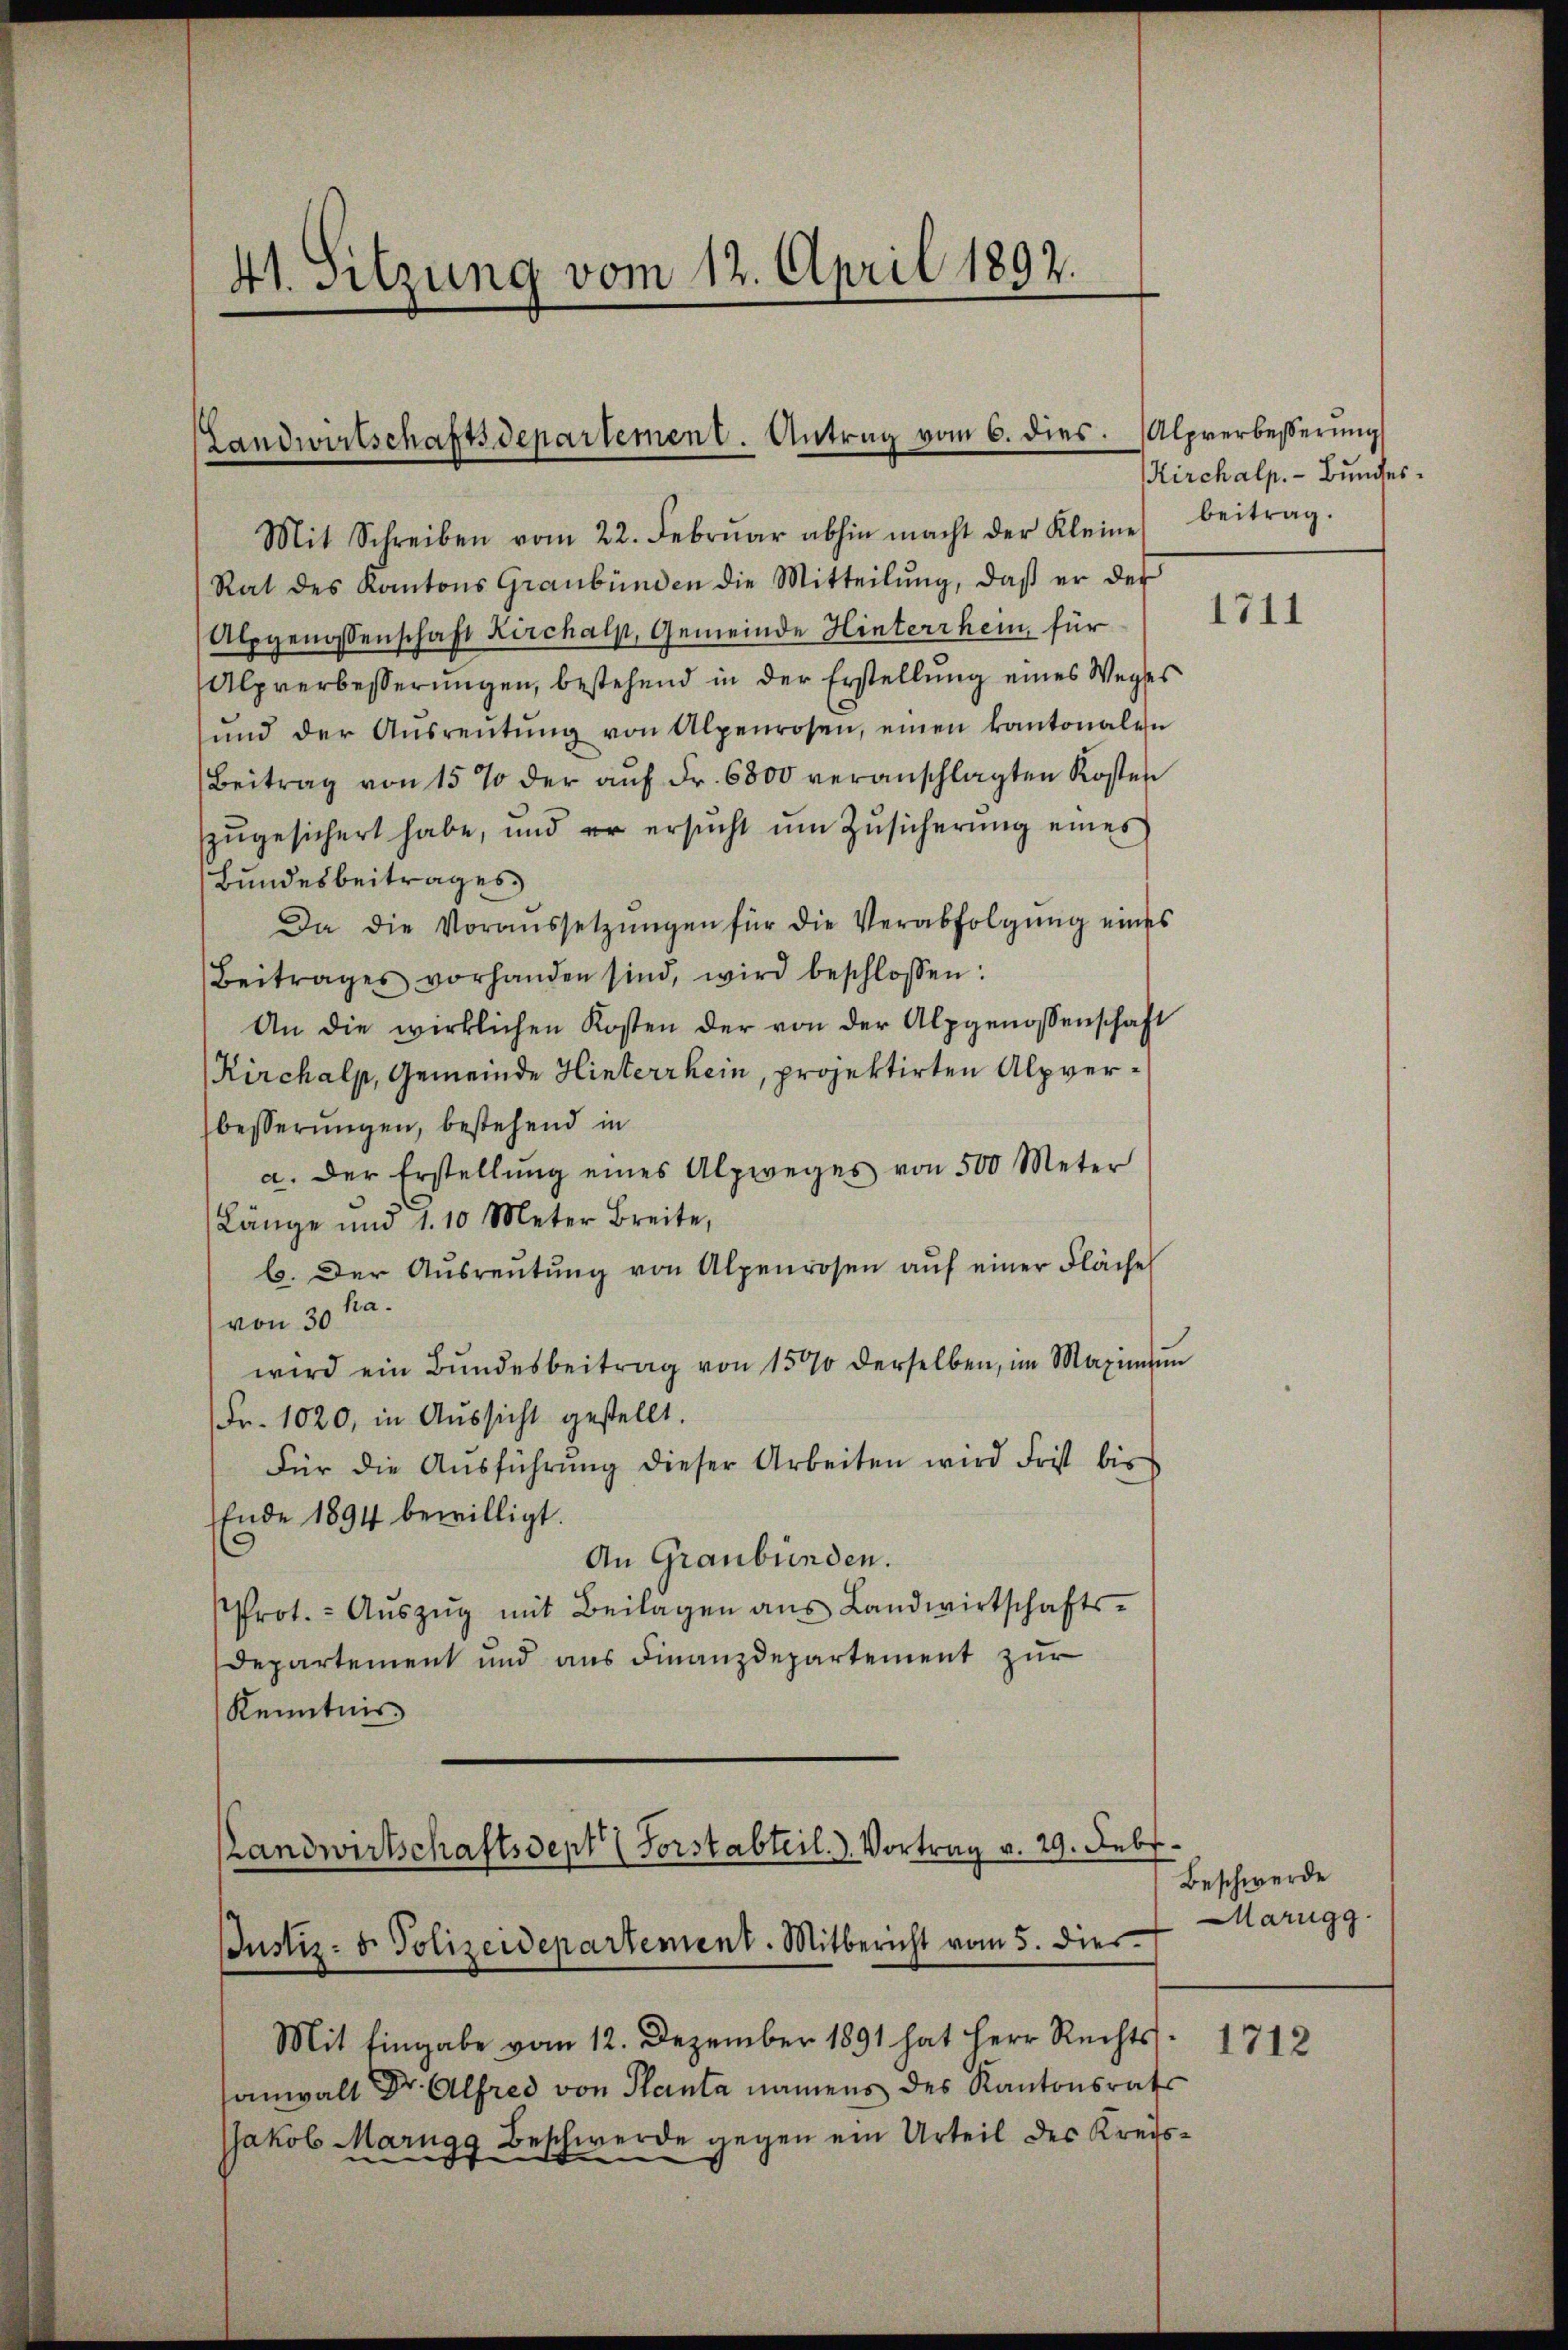
41. Sitzung vom 12. April 1892.

Landwirtschaftsdepartement. Antrag vom 6. dies.

Mit Schreiben vom 22. Febrŭar abhin macht der Kleine beitrag.
Rat des Kantons Graubünden die Mitteilung, daß er des
Alpgenossenschaft Kirchalp, Gemeinde Hinterrhein für
Alpverbesserungen, bestehend in der Erstellung eines Weges
und der Aŭsreŭtŭng von Alpenrosen, einen kantonalen
Beitrag von 15 % der aŭf Fr. 6800 veranschlagten Kosten
zŭgesichert habe, und er ersŭcht ŭm Zŭsicherŭng eines
Bundesbeitrages
Da die Voraussetzŭngen für die Verabfolgŭng eines
Beitrages vorhanden sind, wird beschlossen:
An die wirklichen Kosten der von der Alpgenossenschaft
Kirchalp, Gemeinde Hinterrhein, projektirten Alpverbesserungen, bestehend in
a. Der Erstellŭng eines Alpweges von 500 Meter
Länge und d. 10 Meter Breite,
b. Der Aŭsreŭtŭng von Alpenrosen aŭf einer Fläche
von 30 kra
wird ein Bŭndesbeitrag von 15% derselben, im Maximum
Fr. 1020, in Aŭssicht gestellt.
Für die Aŭsführŭng dieser Arbeiten wird Frist bis
Ende 1894 bewilligt.
An Graubünden.
Prot. - Aŭszŭg mit Beilagen ans Landwirtschafts-
Departement und aus Finanzdepartement zur
Kenntnis
Mit Eingabe vom 12. Dezember 1891 hat Herr Rechtsanwalt Dr. Alfred von Planta namens des Kantonsrats
Jakob Marngg Beschwerde gegen ein Urteil des Kreis¬

Landwirtschaftsdept (Forstabteil. Vortrag v. 29. Febr.
Justiz- & Polizeidepartement. Mitbericht vom 5. dies

Alprerbesserung
Kirchalp. - Bundes.

1711

Beschwerde
arugg.

1712